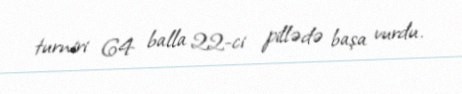
turniri 64 balla 22-ci pillədə başa vurdu.